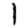
Digit: 1